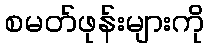
စမတ်ဖုန်းများကို